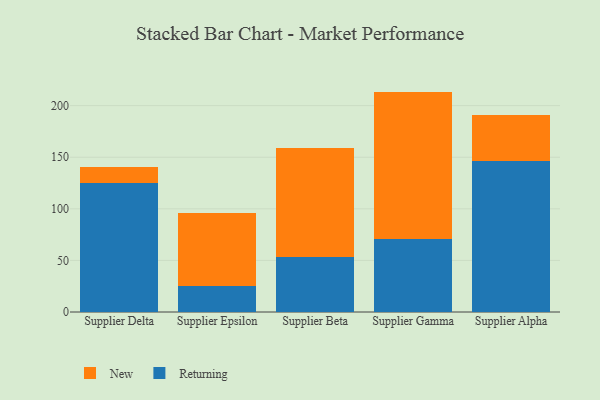
{"axis": {"x": "Supplier", "y": "Production Output"}, "legend": ["New", "Returning"], "data": [{"x": "Supplier Delta", "y": 124.6, "type": "Returning"}, {"x": "Supplier Delta", "y": 16.0, "type": "New"}, {"x": "Supplier Epsilon", "y": 25.5, "type": "Returning"}, {"x": "Supplier Epsilon", "y": 70.2, "type": "New"}, {"x": "Supplier Beta", "y": 53.5, "type": "Returning"}, {"x": "Supplier Beta", "y": 105.0, "type": "New"}, {"x": "Supplier Gamma", "y": 71.1, "type": "Returning"}, {"x": "Supplier Gamma", "y": 142.5, "type": "New"}, {"x": "Supplier Alpha", "y": 146.5, "type": "Returning"}, {"x": "Supplier Alpha", "y": 44.0, "type": "New"}]}